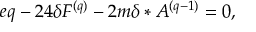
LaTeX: e q - 2 4 \delta F ^ { ( q ) } - 2 m \delta \ast A ^ { ( q - 1 ) } = 0 ,